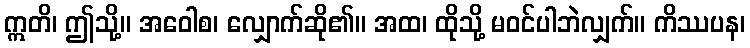
ဣတိ၊ ဤသို့။ အဝေါစ၊ လျှောက်ဆို၏။ အထ၊ ထိုသို့ မဝင်ပါဘဲလျှက်။ ကိဿပန၊